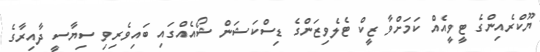
ޔޫކްރެއިންގެ ޓީވީއެއް ކަމަށްވާ ޒީކް ޓެލެވިޒަންގެ ޑިސްކަޝަން ޝޯއެއްގައި ބައިވެރިވި ސިޔާސީ ދާއިރާގެ